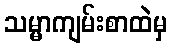
သမ္မာကျမ်းစာထဲမှ